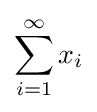
\sum _{i=1}^{\infty }x_{i}